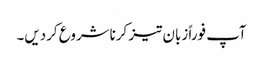
آپ فوراً زبان تیز کرناشروع کردیں۔